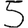
Digit: 5